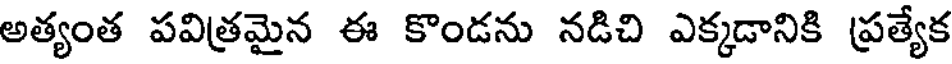
అత్యంత పవిత్రమైన ఈ కొండను నడిచి ఎక్కడానికి ప్రత్యేక